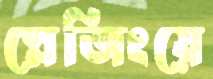
স্লেজিংয়ে